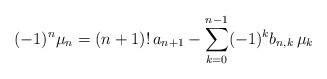
LaTeX: \begin{align*} (-1)^{n}\mu_n = (n+1)!\,a_{n+1} -\sum_{k=0}^{n-1} (-1)^{k}b_{n,k} \,\mu_k \end{align*}